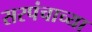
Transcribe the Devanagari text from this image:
सरपंचाच्या